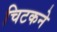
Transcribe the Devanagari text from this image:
चिटकने